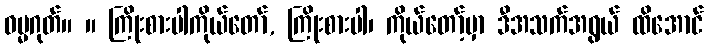
ဓမ္မဂုတ်။ ။ ကြိုးစားပါကိုယ်တော်, ကြိုးစားပါ၊ ကိုယ်တော့်မှာ ဒီအသက်အရွယ် ထိအောင်